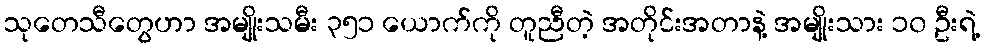
သုတေသီတွေဟာ အမျိုးသမီး ၃၅၁ ယောက်ကို တူညီတဲ့ အတိုင်းအတာနဲ့ အမျိုးသား ၁၀ ဦးရဲ့